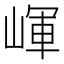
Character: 𡺠